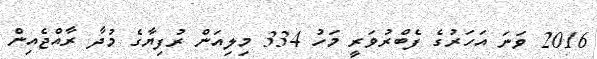
2016 ވަނަ އަހަރުގެ ފެބްރުވަރީ މަހު 334 މިލިއަން ރުފިޔާގެ މުދާ ރާއްޖެއިން